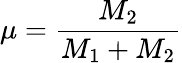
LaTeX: \mu=\frac{{M}_{2}}{M_{1}+M_{2}}